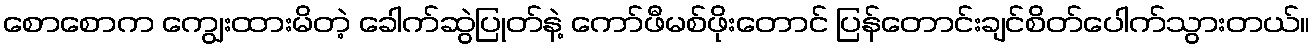
စောစောက ကျွေးထားမိတဲ့ ခေါက်ဆွဲပြုတ်နဲ့ ကော်ဖီမစ်ဖိုးတောင် ပြန်တောင်းချင်စိတ်ပေါက်သွားတယ်။